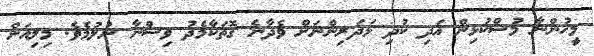
މީހުންނާ މުސްކުޅިން އަދި ކުދި ޅަދަރިންނަށް ވެދާނެ ގޮތަކާމެދު ވިސްނާ ނުލުމެވެ. މިލިއަން